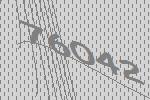
76042